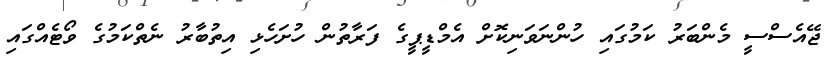
ޖޭއެސްސީ މެންބަރު ކަމުގައި ހުންނަވަނިކޮށް އެމްޑީޕީގެ ފަރާތުން ހުށަހެޅި އިތުބާރު ނެތްކަމުގެ ވޯޓެއްގައި